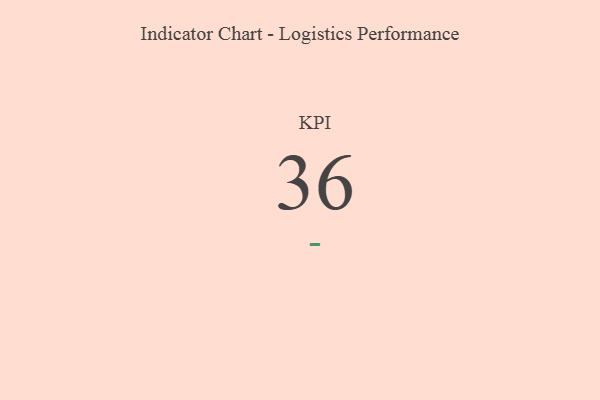
{"axis": {"x": "KPI", "y": "Value"}, "legend": [""], "data": [{"x": "KPI", "y": 36, "type": ""}]}